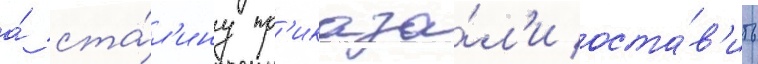
а́ ста́л'ину пр'иказа́л'и оста́в'ить